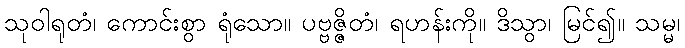
သုဝါရုတံ၊ ကောင်းစွာ ရုံသော။ ပဗ္ဗဇ္ဇိတံ၊ ရဟန်းကို။ ဒိသွာ၊ မြင်၍။ သမ္မ၊